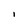
Character: I